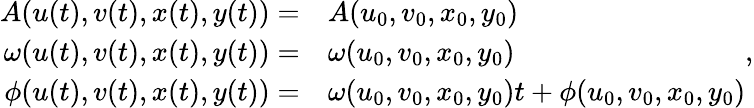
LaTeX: \begin{array}{rl}{A(u(t),v(t),x(t),y(t))=}&{A(u_{0},v_{0},x_{0},y_{0})}\\ {\omega(u(t),v(t),x(t),y(t))=}&{\omega(u_{0},v_{0},x_{0},y_{0})}\\ {\phi(u(t),v(t),x(t),y(t))=}&{\omega(u_{0},v_{0},x_{0},y_{0})t+\phi(u_{0},v_{0},x_{0},y_{0})}\end{array},